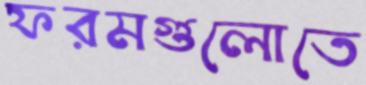
ফরমগুলোতে